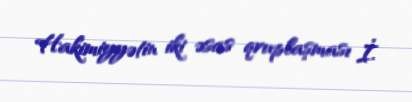
Hakimiyyətin iki əsas qruplaşması İ.